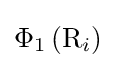
\Phi _{1}\left(\mathrm {R} _{i}\right)